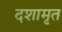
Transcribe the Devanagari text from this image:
दशामृत